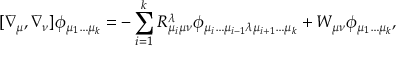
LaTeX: [ \nabla _ { \mu } , \nabla _ { \nu } ] \phi _ { \mu _ { 1 } \dots \mu _ { k } } = - \sum _ { i = 1 } ^ { k } R _ { \mu _ { i } \mu \nu } ^ { \lambda } \phi _ { \mu _ { i } \dots \mu _ { i - 1 } \lambda \mu _ { i + 1 } \dots \mu _ { k } } + W _ { \mu \nu } \phi _ { \mu _ { 1 } \dots \mu _ { k } } ,